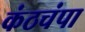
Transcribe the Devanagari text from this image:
कंठचंपा